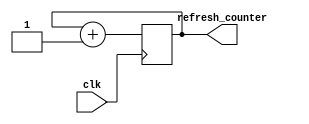
`timescale 1ns / 1ps


module refresh_counter(
    input clk,
    output reg [1:0] refresh_counter
    );
    
    initial refresh_counter = 0;
    
    always @(posedge clk) begin
        refresh_counter <= refresh_counter + 1;
    end
endmodule